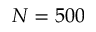
N = 5 0 0